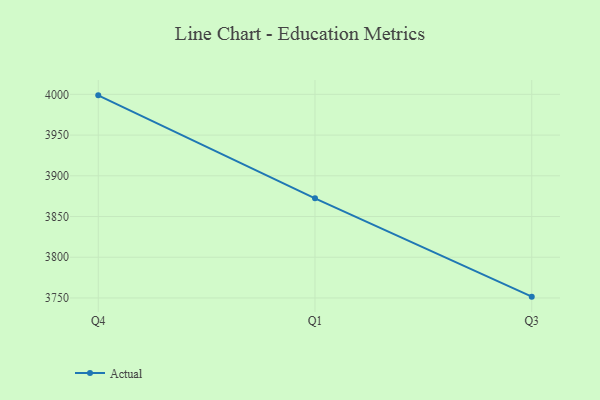
{"axis": {"x": "Quarter", "y": "Net Income (USD K)"}, "legend": ["Actual"], "data": [{"x": "Q4", "y": 3998.8, "type": "Actual"}, {"x": "Q1", "y": 3872.4, "type": "Actual"}, {"x": "Q3", "y": 3751.6, "type": "Actual"}]}